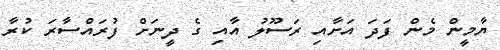
ޔާމީން މެން ފަދަ އަށާއި ރަސޫލު އާއި ގެ ދީނަށް ފުރައްސާރަ ކުރާ